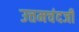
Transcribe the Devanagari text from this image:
उत्तमचंदजी